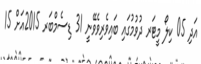
އަދި 05 ކިލޯ މީޓަރ ދުވުމުގައި ބައިވެރިވެވޭނީ 31 ޑިސެމްބަރ 2015އަށް 15